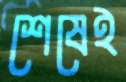
শেষেই